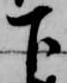
下